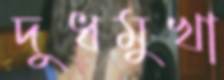
দুধমুখা